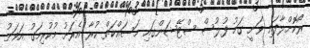
ރޯކޮށްލާފައި ވަނީ ގަމު ފުލުސް ސްޓޭޝަންގައި މަސައްކަތް ކުރާ އެރަށު މުކުރިމަގު އަވަށު